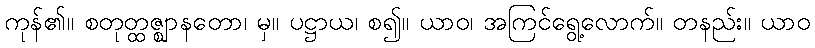
ကုန်၏။ စတုတ္ထဇ္ဈာနတော၊ မှ။ ပဋ္ဌာယ၊ စ၍။ ယာဝ၊ အကြင်ရွေ့လောက်။ တနည်း။ ယာဝ